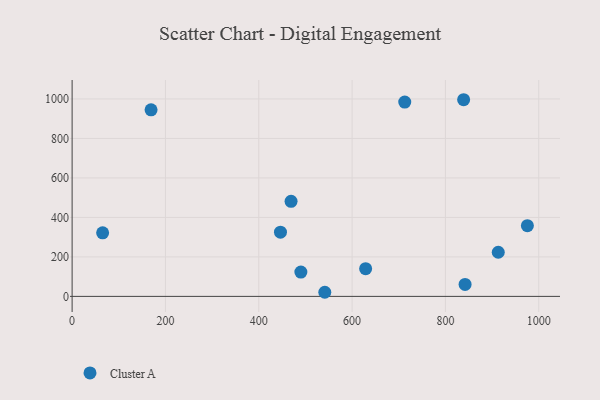
{"axis": {"x": "Ad Spend", "y": "Exam Score"}, "legend": ["Cluster A"], "data": [{"x": "469.2", "y": 481.4, "type": "Cluster A"}, {"x": "842.1", "y": 60.8, "type": "Cluster A"}, {"x": "913.2", "y": 223.6, "type": "Cluster A"}, {"x": "839.0", "y": 996.1, "type": "Cluster A"}, {"x": "169.2", "y": 945.0, "type": "Cluster A"}, {"x": "65.4", "y": 322.1, "type": "Cluster A"}, {"x": "490.2", "y": 122.9, "type": "Cluster A"}, {"x": "629.0", "y": 140.3, "type": "Cluster A"}, {"x": "712.8", "y": 984.3, "type": "Cluster A"}, {"x": "975.6", "y": 357.9, "type": "Cluster A"}, {"x": "541.5", "y": 20.8, "type": "Cluster A"}, {"x": "446.5", "y": 325.4, "type": "Cluster A"}]}